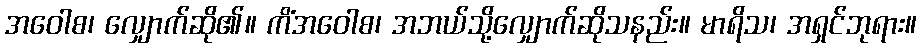
အဝေါစ၊ လျှောက်ဆို၏။ ကိံအဝေါစ၊ အဘယ်သို့လျှောက်ဆိုသနည်း။ မာရိသ၊ အရှင်ဘုရား။